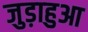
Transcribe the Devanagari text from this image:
जुड़ाहुआ